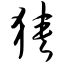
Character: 狭